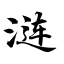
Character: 涟